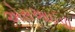
એસઆઈપી